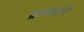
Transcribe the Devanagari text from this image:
क्रमावारी